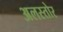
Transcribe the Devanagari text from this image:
अलस्तोर